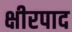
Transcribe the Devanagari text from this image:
क्षीरपाद